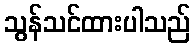
သွန်သင်ထားပါသည်